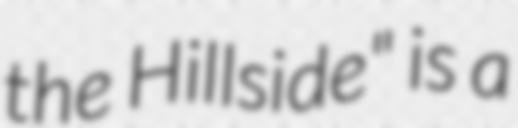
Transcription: the Hillside" is a